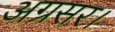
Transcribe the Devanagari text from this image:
अग्रसर।